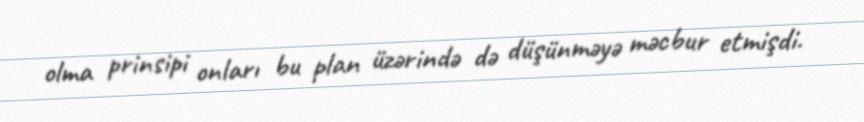
olma prinsipi onları bu plan üzərində də düşünməyə məcbur etmişdi.